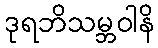
ဒုရဘိသမ္ဘဝါနိ